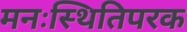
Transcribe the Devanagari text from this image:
मनःस्थितिपरक